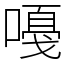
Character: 嘠